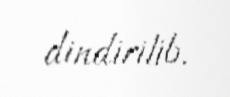
dindirilib.